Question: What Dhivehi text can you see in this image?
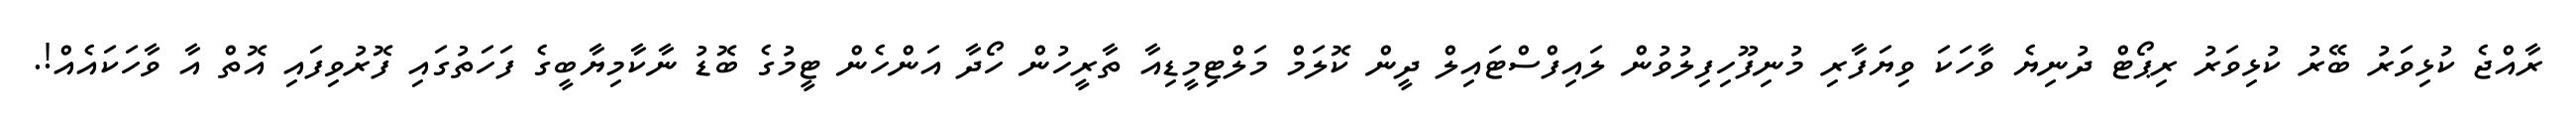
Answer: ރާއްޖެ ކުޅިވަރު ބޭރު ކުޅިވަރު ރިޕޯޓް ދުނިޔެ ވާހަކަ ވިޔަފާރި މުނިފޫހިފިލުވުން ލައިފްސްޓައިލް ދީން ކޮލަމް މަލްޓިމީޑިއާ ތާރީހުން ހޯދާ އަންހެން ޓީމުގެ ބޮޑު ނާކާމިޔާބީގެ ފަހަތުގައި ފޮރުވިފައި އޮތް އާ ވާހަކައެއް!.